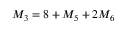
M _ { 3 } = 8 + M _ { 5 } + 2 M _ { 6 }